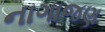
નાગાજણ